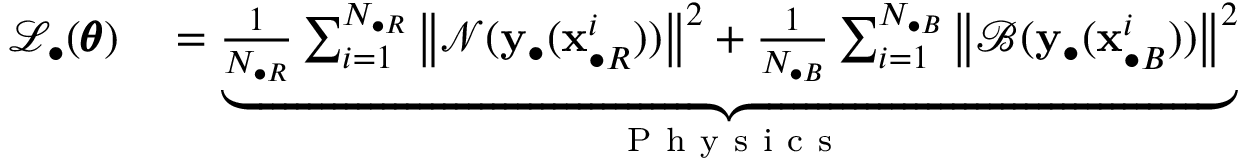
\begin{array} { r l } { \mathcal { L } _ { \bullet } ( \pmb { \theta } ) } & { { } = \underbrace { \frac { 1 } { N _ { \bullet R } } \sum _ { i = 1 } ^ { N _ { \bullet R } } { \left\| \mathcal { N } ( \mathbf { y } _ { \bullet } ( \mathbf { x } _ { \bullet R } ^ { i } ) ) \right\| ^ { 2 } } + \frac { 1 } { N _ { \bullet B } } \sum _ { i = 1 } ^ { N _ { \bullet B } } { \left\| \mathcal { B } ( \mathbf { y } _ { \bullet } ( \mathbf { x } _ { \bullet B } ^ { i } ) ) \right\| ^ { 2 } } } _ { \mathrm { ~ P ~ h ~ y ~ s ~ i ~ c ~ s ~ } } } \end{array}